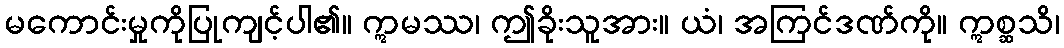
မကောင်းမှုကိုပြုကျင့်ပါ၏။ ဣမဿ၊ ဤခိုးသူအား။ ယံ၊ အကြင်ဒဏ်ကို။ ဣစ္ဆသိ၊